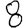
Digit: 8